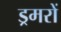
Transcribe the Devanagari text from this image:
ड्रमरों